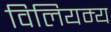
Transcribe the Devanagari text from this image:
विलियम्य